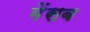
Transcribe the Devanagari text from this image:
मेंसब